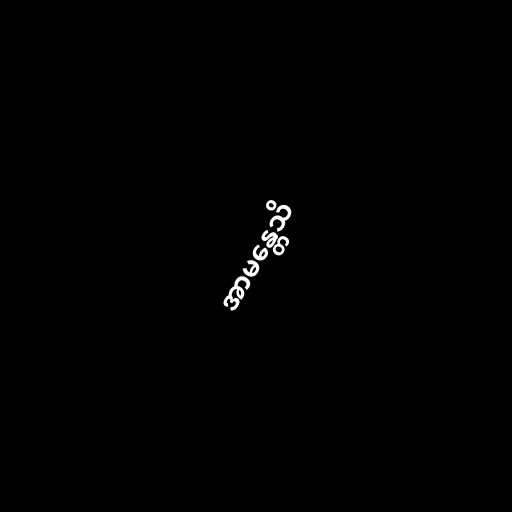
အာမန္တေသိ